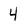
Character: 4